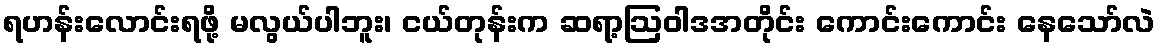
ရဟန်းလောင်းရဖို့ မလွယ်ပါဘူး၊ ငယ်တုန်းက ဆရာ့ဩဝါဒအတိုင်း ကောင်းကောင်း နေသော်လဲ